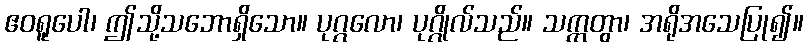
ဧဝရူပေါ၊ ဤသို့သဘောရှိသော။ ပုဂ္ဂလော၊ ပုဂ္ဂိုလ်သည်။ သက္ကတွာ၊ အရိုအသေပြု၍။